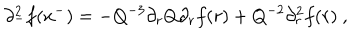
LaTeX: \partial _ { - } ^ { 2 } f ( x ^ { - } ) = - Q ^ { - 3 } \partial _ { r } Q \partial _ { r } f ( r ) + Q ^ { - 2 } \partial _ { r } ^ { 2 } f ( r ) ~ ,